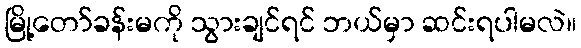
မြို့တော်ခန်းမကို သွားချင်ရင် ဘယ်မှာ ဆင်းရပါမလဲ။